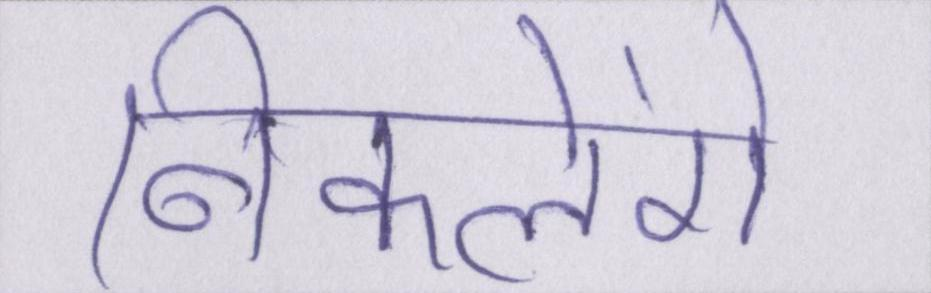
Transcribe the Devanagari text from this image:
निकालेंगे